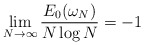
\begin{align*}\lim_{N\rightarrow\infty}\frac{E_{0}(\omega_{N})}{N\log N}=-1\end{align*}